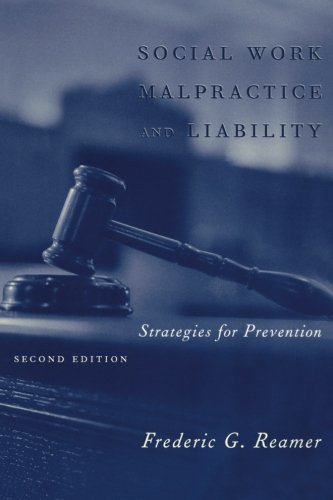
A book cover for Social Work Malpractice and Liability: Strategies for Prevention; Frederic G. Reamer; Law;